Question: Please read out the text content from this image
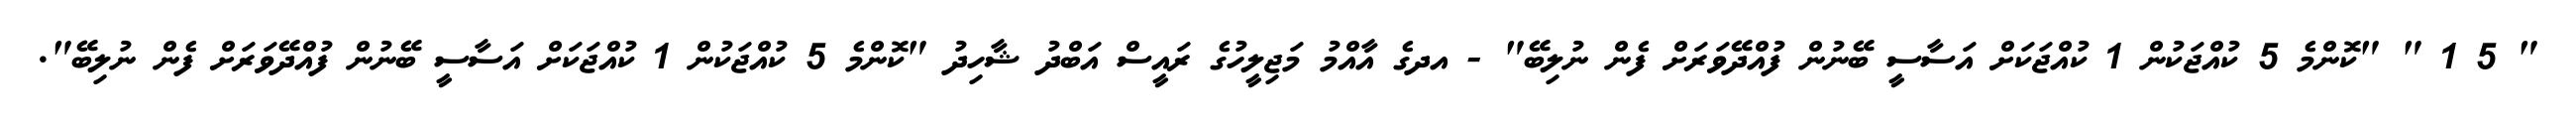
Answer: " 5 1 " "ކޮންމެ 5 ކުއްޖަކުން 1 ކުއްޖަކަށް އަސާސީ ބޭނުން ފުއްދޭވަރަށް ފެން ނުލިބޭ" - އދގެ އާއްމު މަޖިލީހުގެ ރައީސް އަބްދު ޝާހިދު "ކޮންމެ 5 ކުއްޖަކުން 1 ކުއްޖަކަށް އަސާސީ ބޭނުން ފުއްދޭވަރަށް ފެން ނުލިބޭ".